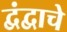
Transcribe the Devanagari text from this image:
द्वंद्वाचे